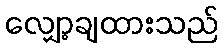
လျှော့ချထားသည်